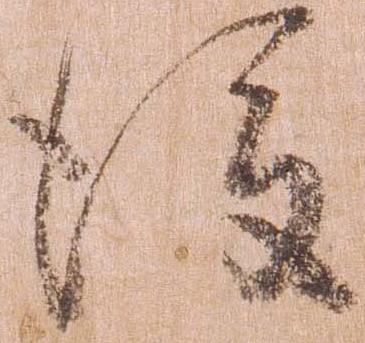
後